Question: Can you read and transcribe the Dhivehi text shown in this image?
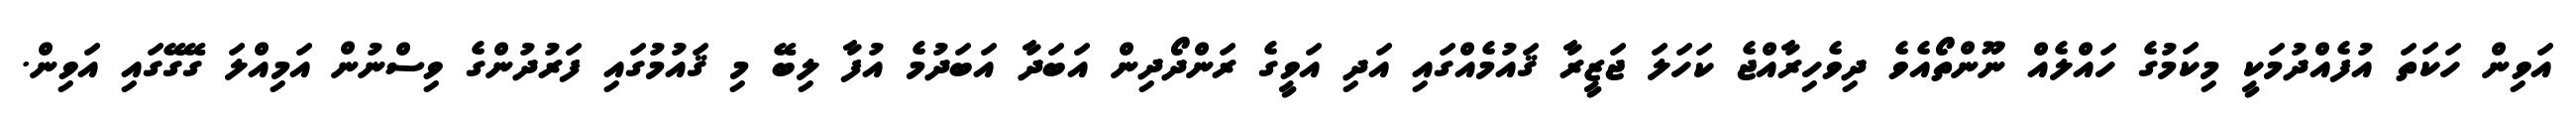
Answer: އަވިން ހަކަތަ އުފެއްދުމަކީ މިކަމުގެ ހައްލެއް ނޫންތޯއެވެ ދިވެހިރާއްޖެ ކަހަލަ ޖަޒީރާ ޤައުމެއްގައި އަދި އަވީގެ ރަންދޯދިން އަބަދާ އަބަދުމެ އުފާ ލިބޭ މި ޤައުމުގައި ފަރުދުންގެ ވިސްނުން އަމިއްލަ ގޭގޭގައި އަވިން.